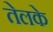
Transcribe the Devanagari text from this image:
तेलके